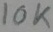
Text: 10K